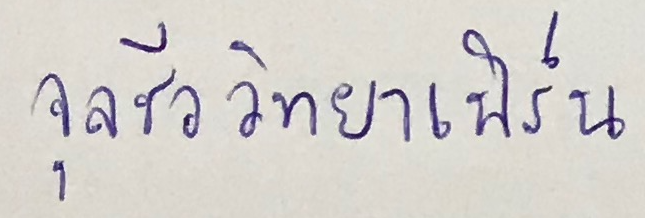
จุลชีววิทยาเฟิร์น